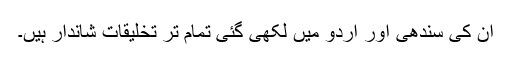
ان کی سندھی اور اردو میں لکھی گئی تمام تر تخلیقات شاندار ہیں۔